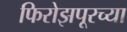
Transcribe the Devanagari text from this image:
फिरोझपूरच्या